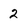
Character: 2